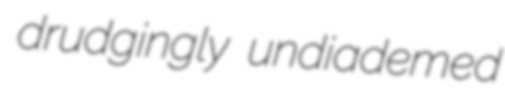
drudgingly undiademed